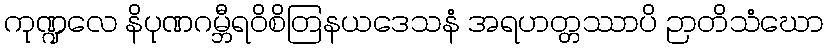
ကုဏ္ဍလေ နိပုဏဂမ္ဘီရဝိစိတြနယဒေသနံ အရဟတ္တဿာပိ ဉာတိသံဃော